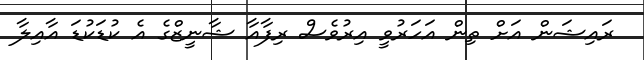
ރައިޝަން އަށް ތިން އަހަރުވީ އިރުވެސް ރިފާއާ ޝާނީޒްގެ އެ ކުޑަކުޑަ އާއިލާ